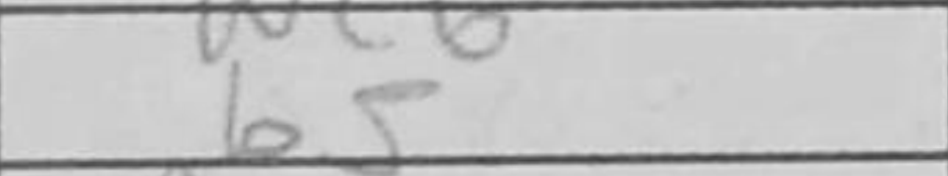
Transcription: b5